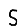
Digit: 5